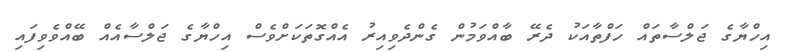
އިހްޔާގެ ޖަލްސާތައް ހަފްތާއަކު ދެރޭ ބާއްވަމުން ގެންދެވިއިރު އެއްގޮތަކަށްވެސް އިހްޔާގެ ޖަލްސާއެއް ބޭއްވެވިފައި